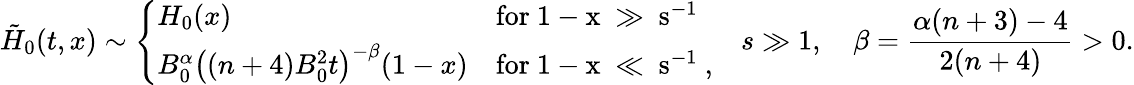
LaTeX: \tilde{H}_{0}(t,x)\sim\left\{ \begin{array}{ll}{H_{0}(x)}&{\mathrm{for~1-x~\gg~s^{-1}~}}\\ {B_{0}^{\alpha}\big((n+4)B_{0}^{2}t\big)^{-\beta}(1-x)}&{\mathrm{for~1-x~\ll~s^{-1}~},}\end{array}\right.\quad s\gg 1,\quad\beta=\frac{\alpha(n+3)-4}{2(n+4)}>0.